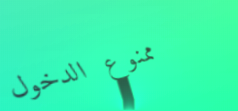
ممنوع الدخول